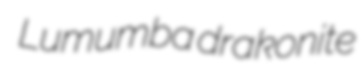
Lumumba drakonite